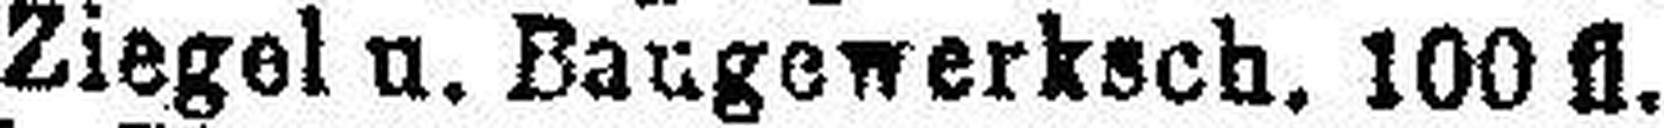
„ Ziegel u. Baugewerksch. 100 fl.